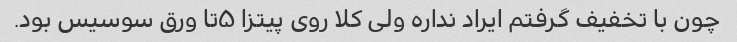
چون با تخفیف گرفتم ایراد نداره ولی کلا روی پیتزا ۵تا ورق سوسیس بود.